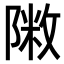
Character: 𨻖